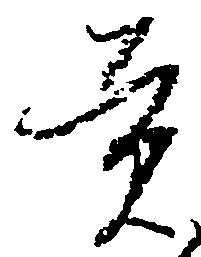
貢